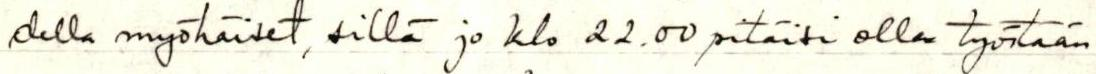
della myöhäiset, sillä jo klo 22.00 pitäisi olla työstään